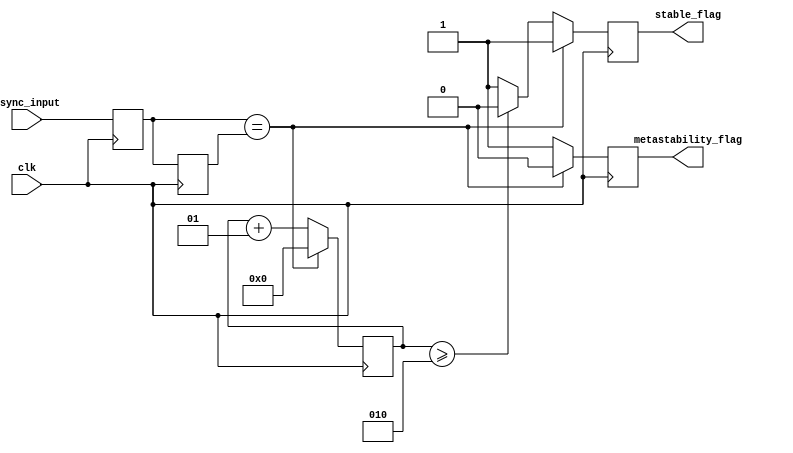
module metastability_detector (
    input wire clk,              // Clock signal
    input wire async_input,      // Asynchronous input signal
    output reg metastability_flag, // Flag indicating metastability
    output reg stable_flag        // Flag indicating stabilization
);

    // Internal signals
    reg latch1_out;              // Output of the first latch
    reg latch2_out;              // Output of the second latch

    // Parameters for metastability detection
    parameter STABLE_TIME = 2;   // Number of clock cycles to consider as stable
    integer stable_counter;       // Counter for stable state detection

    // Latch 1: Capture the asynchronous input
    always @(posedge clk) begin
        latch1_out <= async_input; // Sample asynchronous input
    end

    // Latch 2: Capture the output of latch 1
    always @(posedge clk) begin
        latch2_out <= latch1_out; // Sample output of latch 1
    end

    // Metastability detection logic
    always @(posedge clk) begin
        // Check if latch1_out has stabilized
        if (latch1_out == latch2_out) begin
            metastability_flag <= 0; // No metastability detected
            stable_counter <= 0;      // Reset stable counter
            stable_flag <= 1;         // Signal stable state
        end else begin
            metastability_flag <= 1;   // Metastability detected
            stable_counter <= stable_counter + 1; // Increment the stable counter
            
            // Check if we have reached stable time
            if (stable_counter >= STABLE_TIME) begin
                stable_flag <= 0;       // Clear stable flag after a stable time
            end else begin
                stable_flag <= 1;       // Remain in stable state
            end
        end
    end

    // Initialize signals
    initial begin
        metastability_flag = 0;
        stable_flag = 1;            // Assume stable until proven otherwise
        stable_counter = 0;
    end

endmodule